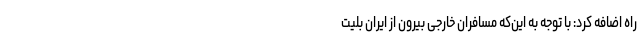
راه اضافه کرد: با توجه به این‌که مسافران خارجی بیرون از ایران بلیت